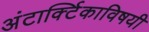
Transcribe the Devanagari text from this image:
अंटार्क्टिकाविषयी